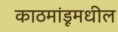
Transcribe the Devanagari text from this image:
काठमांडूमधील